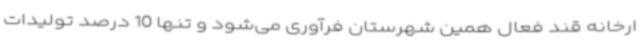
ارخانه قند فعال همین شهرستان فرآوری می‌شود و تنها 10 درصد تولیدات